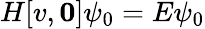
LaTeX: H[v,\mathbf{0}]\psi_{0}=E\psi_{0}